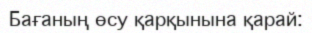
Бағаның өсу қарқынына қарай: